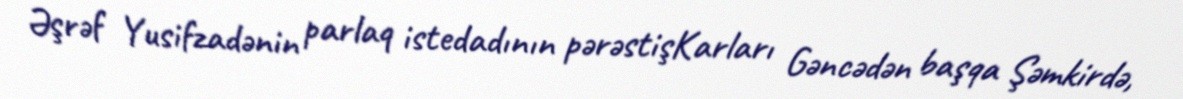
Əşrəf Yusifzadənin parlaq istedadının pərəstişKarları Gəncədən başqa Şəmkirdə,